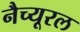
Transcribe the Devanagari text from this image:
नैच्यूरल